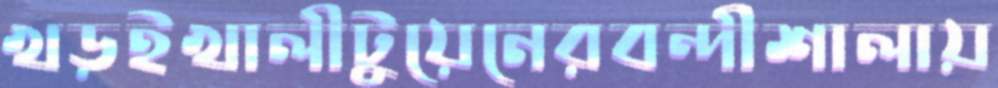
খড়ইখালীটুয়েনেরবন্দীশালায়